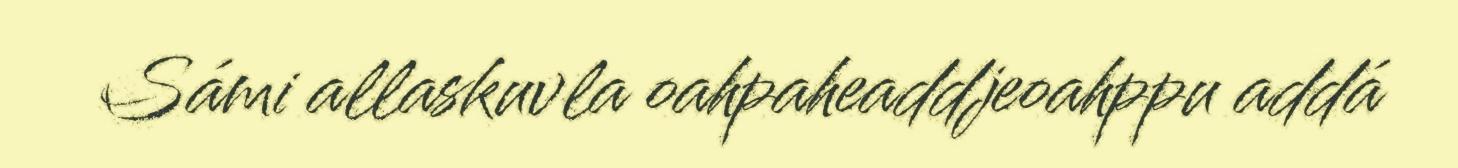
Sámi allaskuvla oahpaheaddjeoahppu addá